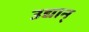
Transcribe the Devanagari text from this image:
उद्यान्